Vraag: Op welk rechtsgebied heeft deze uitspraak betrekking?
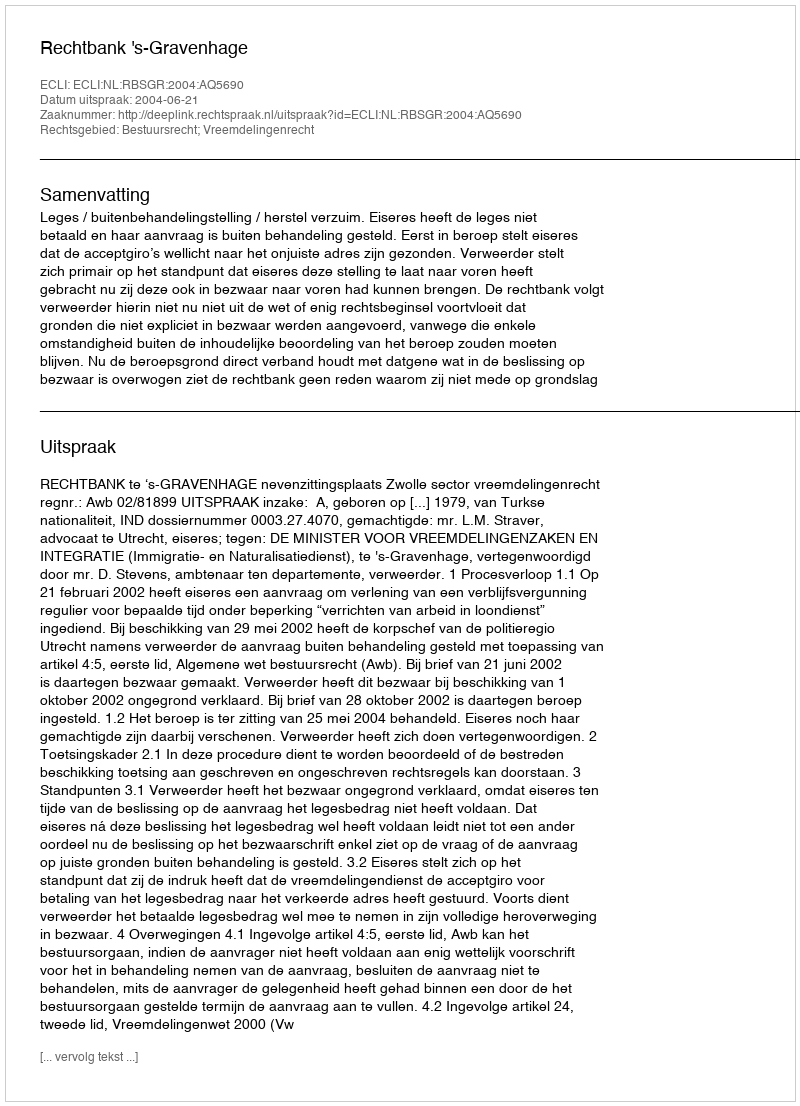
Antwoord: Bestuursrecht; Vreemdelingenrecht